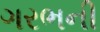
ગરભની